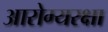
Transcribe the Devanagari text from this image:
आरोग्यरक्षा